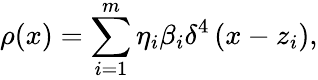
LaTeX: \rho(x)=\sum_{i=1}^{m}\eta_{i}\beta_{i}\delta^{4}\left(x-z_{i}\right),